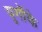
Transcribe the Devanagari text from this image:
युगौंके